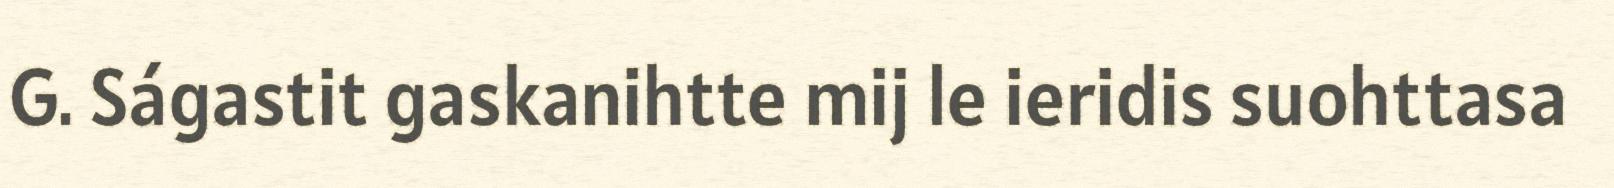
G. Ságastit gaskanihtte mij le ieridis suohttasa